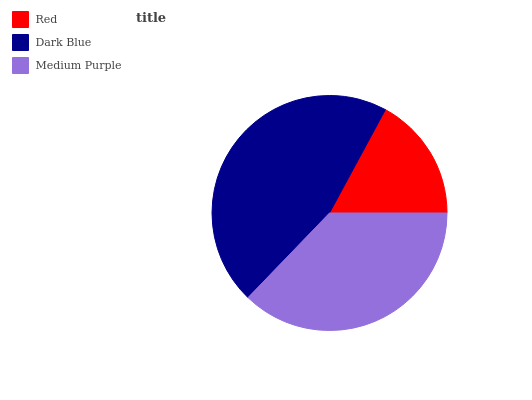
| Red | Dark Blue | Medium Purple |
 | --- | --- | --- |
 | 17.2% | 45.6% | 37.2% |